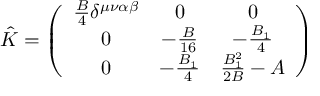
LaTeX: \hat { K } = \left( \begin{array} { c c c } { { \frac { B } { 4 } \delta ^ { \mu \nu \alpha \beta } } } & { { 0 } } & { { 0 } } \\ { { 0 } } & { { - \frac { B } { 1 6 } } } & { { - \frac { B _ { 1 } } { 4 } } } \\ { { 0 } } & { { - \frac { B _ { 1 } } { 4 } } } & { { \frac { B _ { 1 } ^ { 2 } } { 2 B } - A } } \end{array} \right)